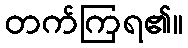
တက်ကြရ၏။